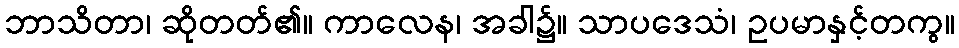
ဘာသိတာ၊ ဆိုတတ်၏။ ကာလေန၊ အခါ၌။ သာပဒေသံ၊ ဥပမာနှင့်တကွ။